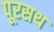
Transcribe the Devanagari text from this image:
पूरसथ